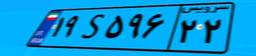
۱۹S۵۹۶۲۲